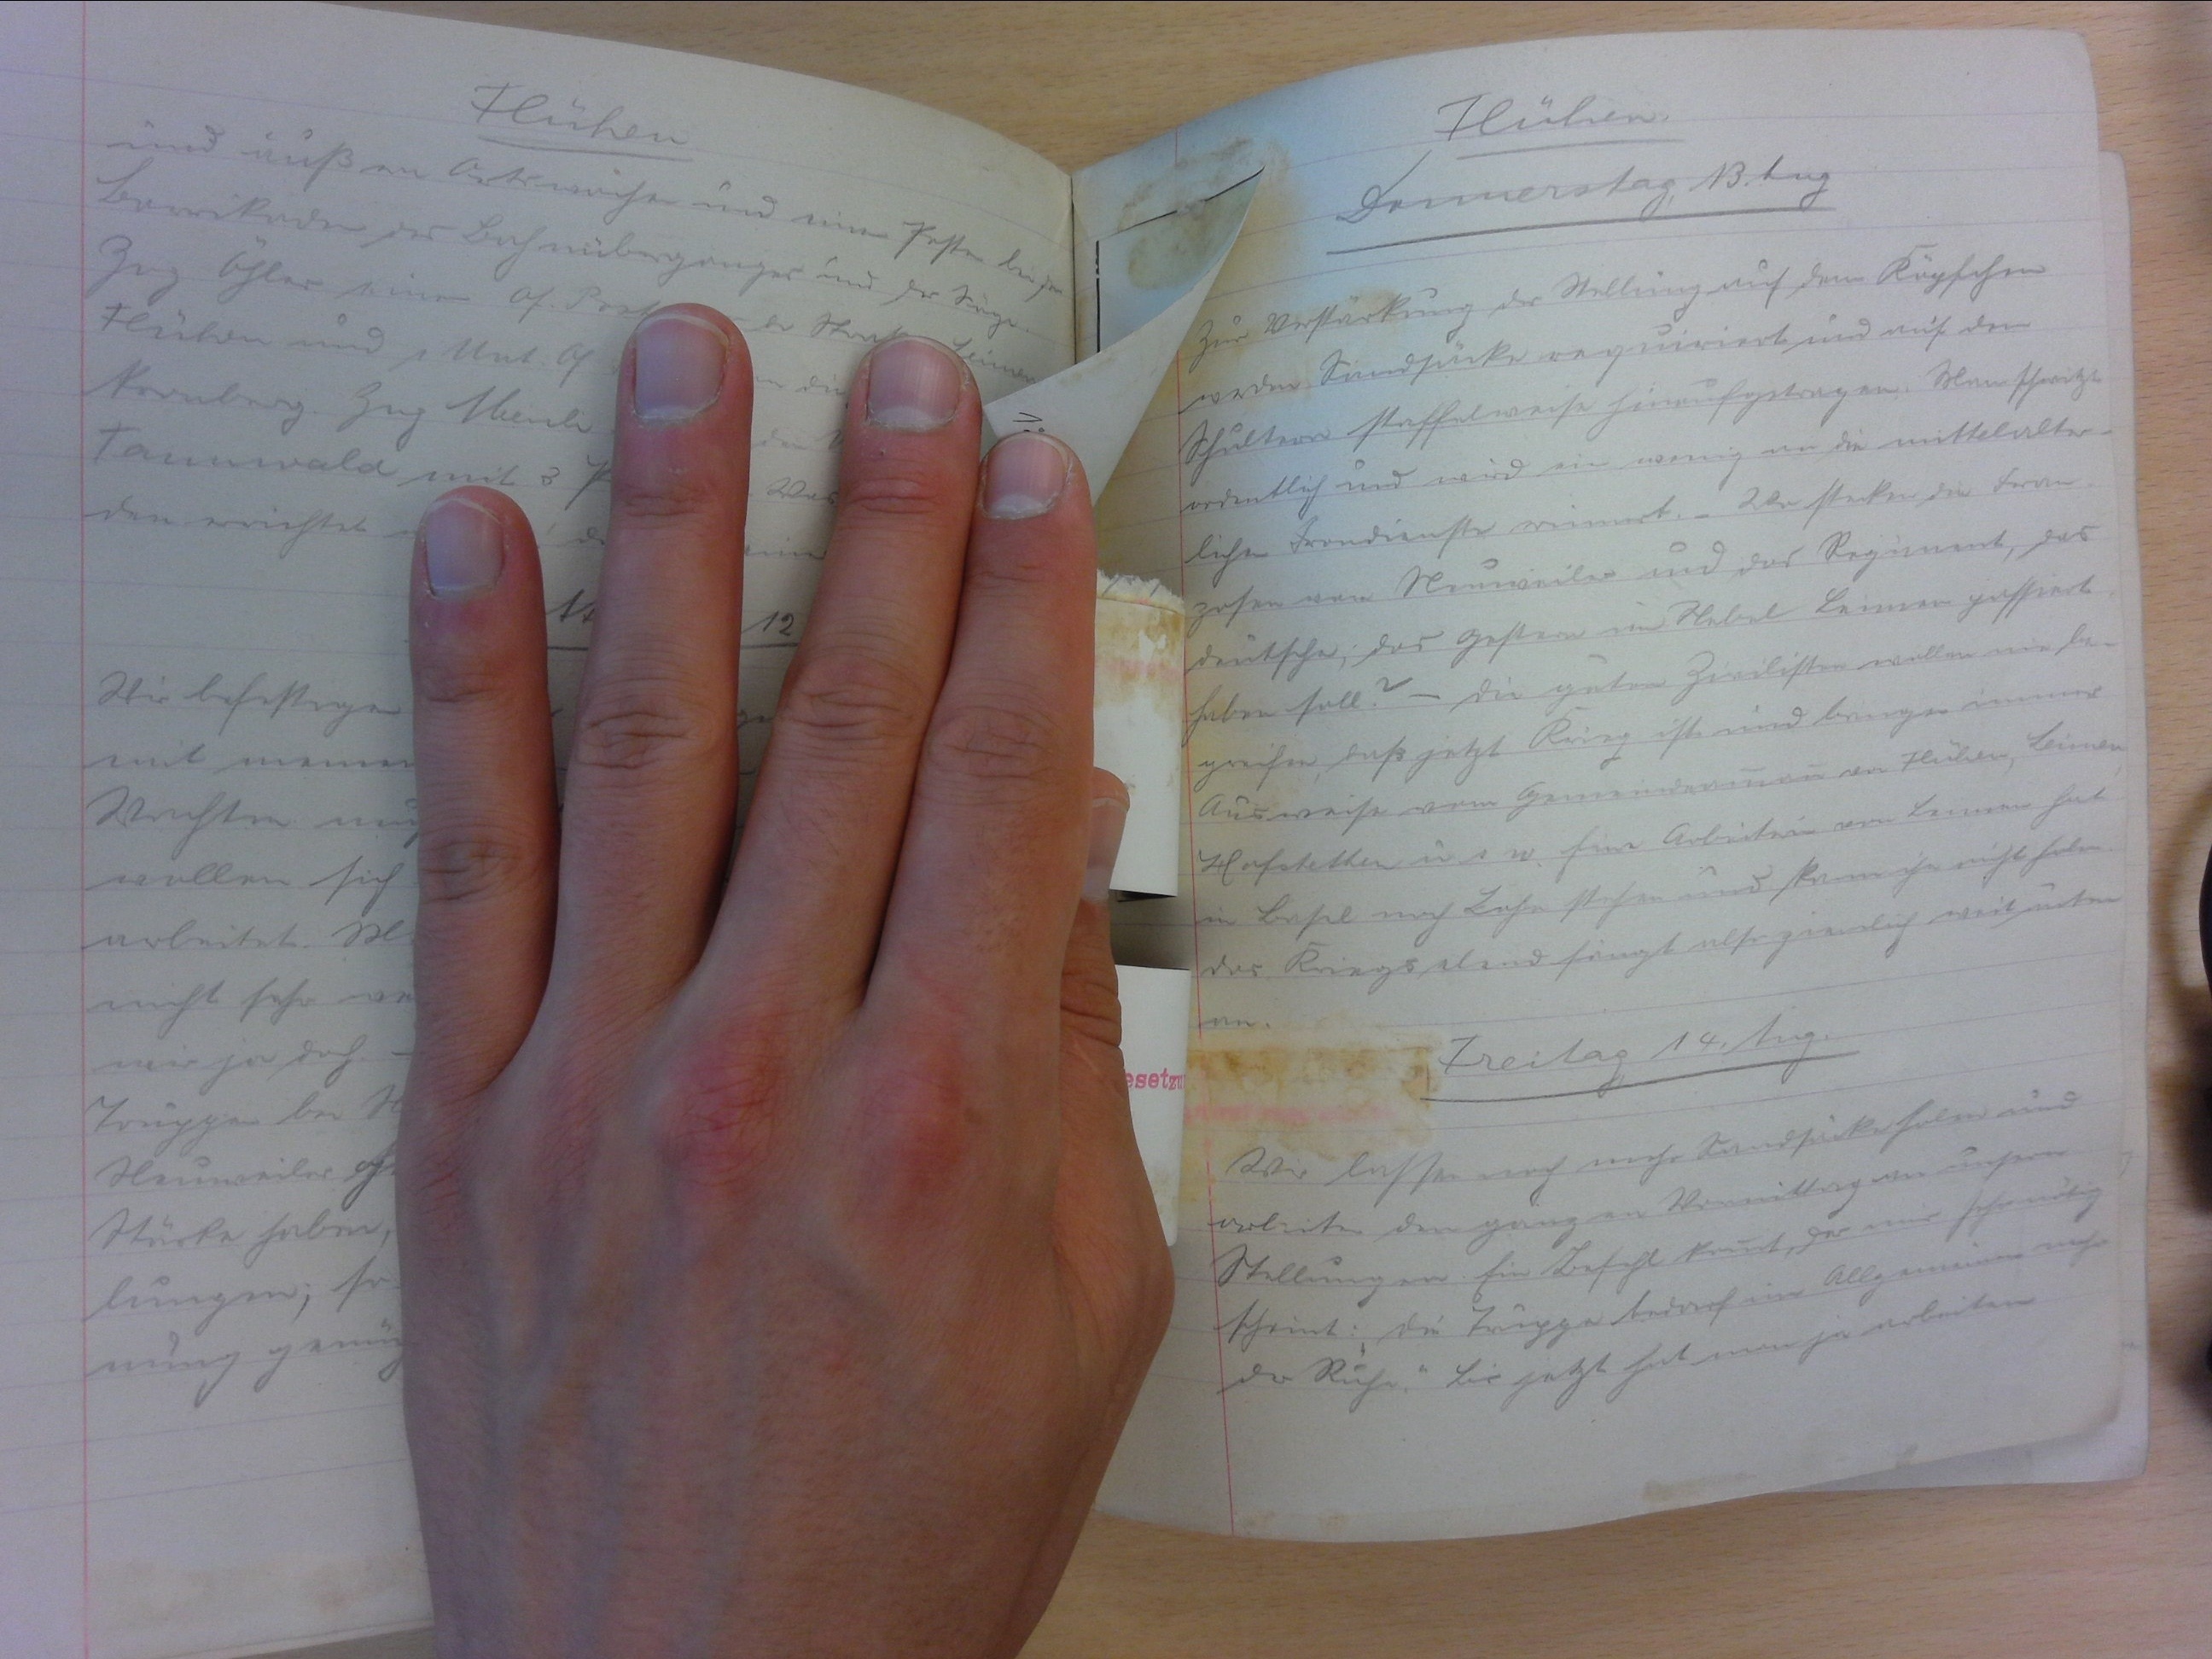
Fluhen.
Donnnerstag 13. tug
tsertung der Selung auf den Küpschen
werden Sandsinke regenriert und auf den
hlten staffelwase hlausgetregen. Manschwitz
dentlich und wird en wenig an die mittelalter
der Bendienste rommrten Wosteben der Fran-
oten van Neuweiler und das Regimment, das
entschn. das Gestem im Nebel keimen passiert
din soll in die geten Herelisten wellen mi ben
giher, dass jetzt Kang ist und bangen immer
Baeise vom Gemenneainen don Hlühen, Bimen
8 Slekten wnn. hine Arbeitein aon Bermen hat
Dsel noch Lehe schaund kannherichtseln
ir Bungselendefängt alse zielich weigenten
emn
Freitag 18g.
der Lassen noch nechr Kandsall halen und
t. den ganz in Vonmillicg e use
bingen her Lehht mach dnen sen
t. der Legge teraech in Algemn ich
der Rihe. Di jehzt hat mangeeliten